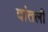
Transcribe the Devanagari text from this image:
दांतली